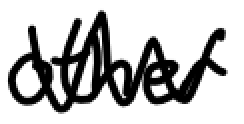
Text: other
Cross-out: zig-zag
Writing tool: digital_black